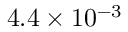
4 . 4 \times 1 0 ^ { - 3 }